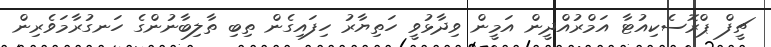
ޗީފް ޕްރޮސެކިއުޓާ އަމްރުއްދީން އަމީން ވިދާޅުވީ ހަތިޔާރު ހިފައިގެން ތިބި ތާލިބާނުންގެ ހަނގުރާމަވެރިން